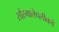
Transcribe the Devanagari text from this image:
सौरमालेपलीकडे